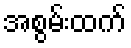
အစွမ်းထက်